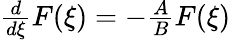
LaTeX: \begin{array}{r}{\frac{d}{d\xi}F(\xi)=-\frac{A}{B}F(\xi)}\end{array}